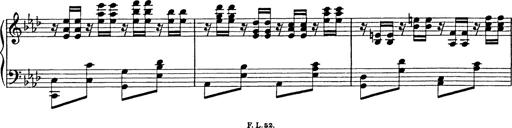
Title: 8 Variations
Composer: Franz Liszt
Key: A-flat major